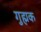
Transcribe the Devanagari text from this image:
गुह्मक